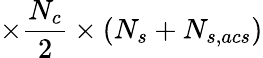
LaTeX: \times\frac{N_{c}}{2}\times(N_{s}+N_{s,acs})